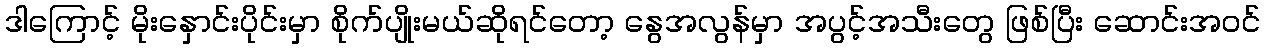
ဒါကြောင့် မိုးနှောင်းပိုင်းမှာ စိုက်ပျိုးမယ်ဆိုရင်တော့ နွေအလွန်မှာ အပွင့်အသီးတွေ ဖြစ်ပြီး ဆောင်းအဝင်